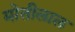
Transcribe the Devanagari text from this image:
माेतीलाल